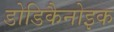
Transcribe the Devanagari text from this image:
डोडिकैनोइक